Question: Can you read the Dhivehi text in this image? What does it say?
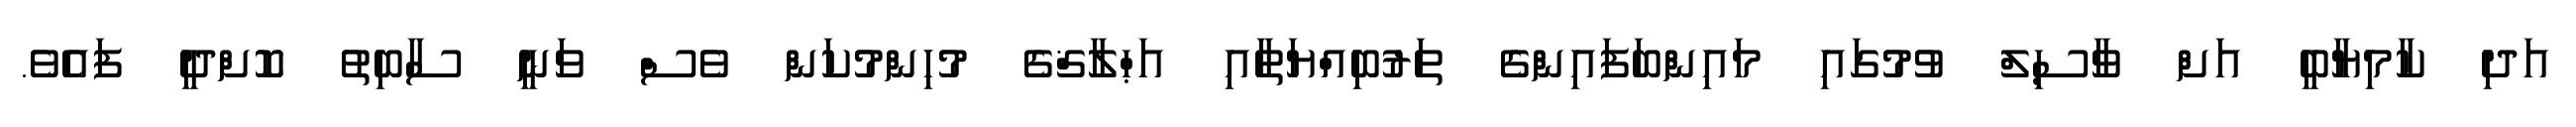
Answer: އަދި ކާމިޔާބީ އަށް ވާސިލް ވުމުގައި މައިންބަފައިންގެ ތަރުބިއްޔަތާއި އަޙްލާޤްގެ މުހިންމުކަން ވެސް ވަނީ ސާބިތު ކޮށްދީ ފައެވެ.